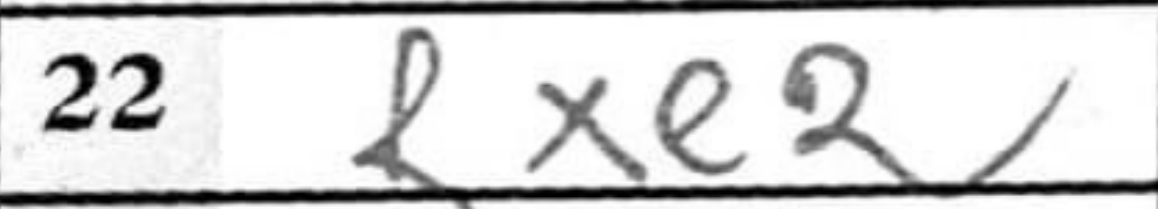
Transcription: Rxe2